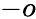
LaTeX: -o